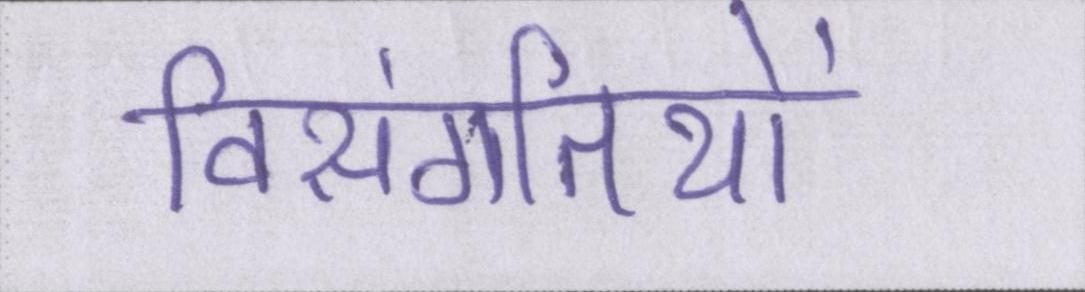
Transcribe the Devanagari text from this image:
विसंगतियों